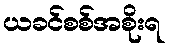
ယခင်စစ်အစိုးရ